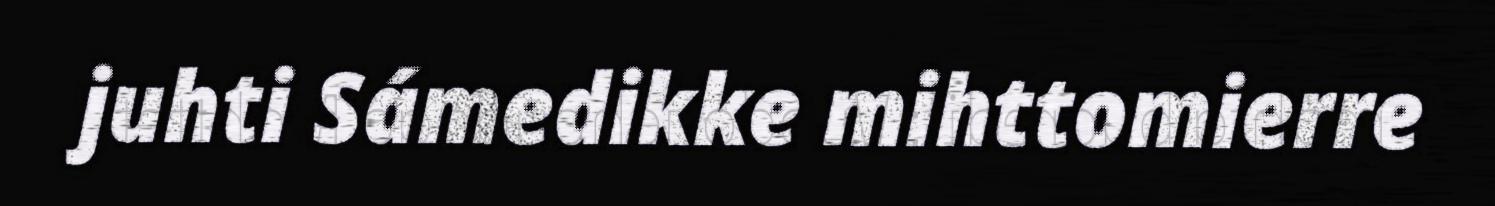
juhti Sámedikke mihttomierre